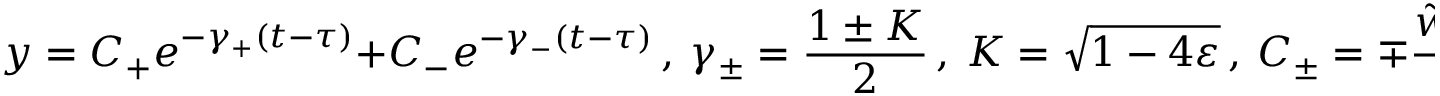
y = C _ { + } e ^ { - \gamma _ { + } ( t - \tau ) } + C _ { - } e ^ { - \gamma _ { - } ( t - \tau ) } \, , \ \gamma _ { \pm } = \frac { 1 \pm K } { 2 } \, , \ K = \sqrt { 1 - 4 \varepsilon } \, , \ C _ { \pm } = \mp \frac { \tilde { w } + \gamma _ { \mp } \tilde { u } } { K } \, .